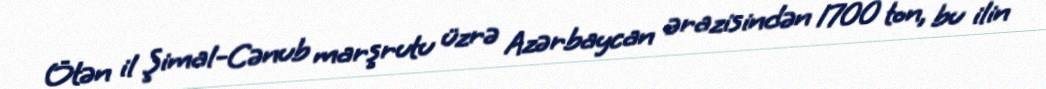
Ötən il Şimal-Cənub marşrutu üzrə Azərbaycan ərazisindən 1700 ton, bu ilin